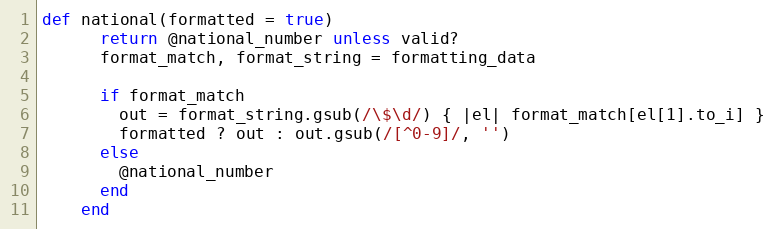
Language: Ruby
def national(formatted = true)
      return @national_number unless valid?
      format_match, format_string = formatting_data

      if format_match
        out = format_string.gsub(/\$\d/) { |el| format_match[el[1].to_i] }
        formatted ? out : out.gsub(/[^0-9]/, '')
      else
        @national_number
      end
    end